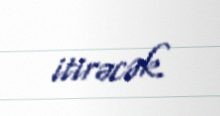
itirəcək.